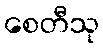
စေတီသု